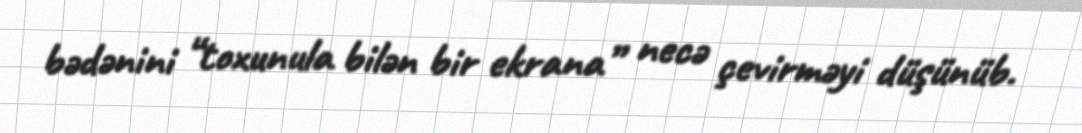
bədənini “toxunula bilən bir ekrana” necə çevirməyi düşünüb.